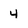
Character: 4